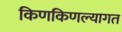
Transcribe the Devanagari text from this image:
किणकिणल्यागत